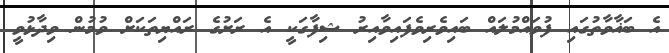
އެ ބަޣާވާތުގައި ފުވައްމުލައް ބައިވެރިވެފައިވާއިރު ޝިފާގަކީ އެ ރަށުގެ ރައްޔިތަކަށް ވުމުން ވިދާޅުވީ